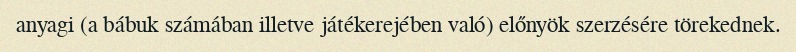
anyagi (a bábuk számában illetve játékerejében való) előnyök szerzésére törekednek.